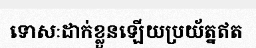
ទោសៈដាក់ខ្លួនឡើយប្រយ័ត្នឥត